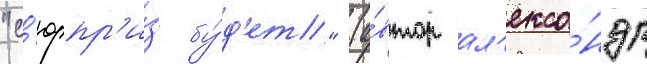
"с'юрпр'и́з бу́д'ет" (а́втор ал'екса́ндр